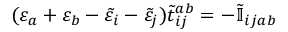
( \varepsilon _ { a } + \varepsilon _ { b } - \tilde { \varepsilon } _ { i } - \tilde { \varepsilon } _ { j } ) \tilde { t } _ { i j } ^ { a b } = - \tilde { \mathbb { I } } _ { i j a b }